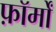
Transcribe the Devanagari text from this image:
फ़ॉर्मों